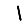
Digit: 1